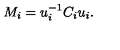
M _ { i } = u _ { i } ^ { - 1 } C _ { i } u _ { i } .